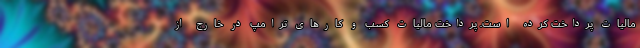
مالیات پرداخت کرده است. پرداخت مالیات کسب و کارهای ترامپ در خارج از